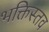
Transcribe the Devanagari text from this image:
भक्तिस्तव